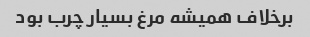
برخلاف همیشه مرغ بسیار چرب بود